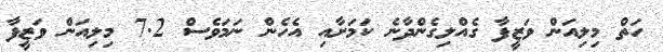
ހަތް މިލިއަން ވަޒީފާ ގެއްލިގެންދާނެ ކަމަށާއި އެހެން ނަމަވެސް 7.2 މިލިއަން ވަޒީފާ